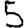
Digit: 5